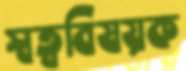
স্বত্ববিষয়ক